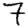
Digit: 7